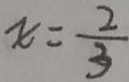
x = \frac { 2 } { 3 }